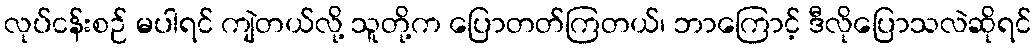
လုပ်ငန်းစဉ် မပါရင် ကျဲတယ်လို့ သူတို့က ပြောတတ်ကြတယ်၊ ဘာကြောင့် ဒီလိုပြောသလဲဆိုရင်